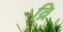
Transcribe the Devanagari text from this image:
व्रि